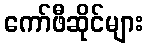
ကော်ဖီဆိုင်များ